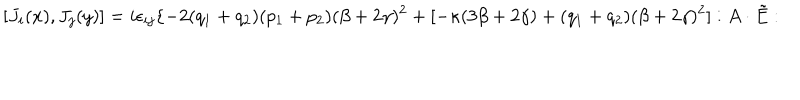
[ J _ { i } ( x ) , J _ { j } ( y ) ] = i \epsilon _ { i j } \{ - 2 ( q _ { 1 } + q _ { 2 } ) ( p _ { 1 } + p _ { 2 } ) ( \beta + 2 \gamma ) ^ { 2 } + [ - \kappa ( 3 \beta + 2 \gamma ) + ( q _ { 1 } + q _ { 2 } ) ( \beta + 2 \gamma ) ^ { 2 } ] : A \cdot \tilde { E } :